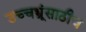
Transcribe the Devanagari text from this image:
उच्चभ्रूंसाठीच